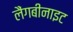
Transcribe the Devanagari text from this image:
लैंगबीनाइट